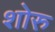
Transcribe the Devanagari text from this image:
शोरु